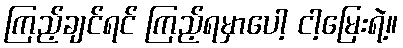
ကြည့်ချင်ရင် ကြည့်ရမှာပေါ့ ငါ့မြေးရဲ့။